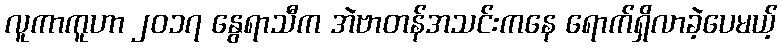
လူကာကူဟာ ၂၀၁၇ နွေရာသီက အဲဗာတန်အသင်းကနေ ရောက်ရှိလာခဲ့ပေမယ့်